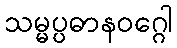
သမ္မပ္ပဓာနဝဂ္ဂေါ